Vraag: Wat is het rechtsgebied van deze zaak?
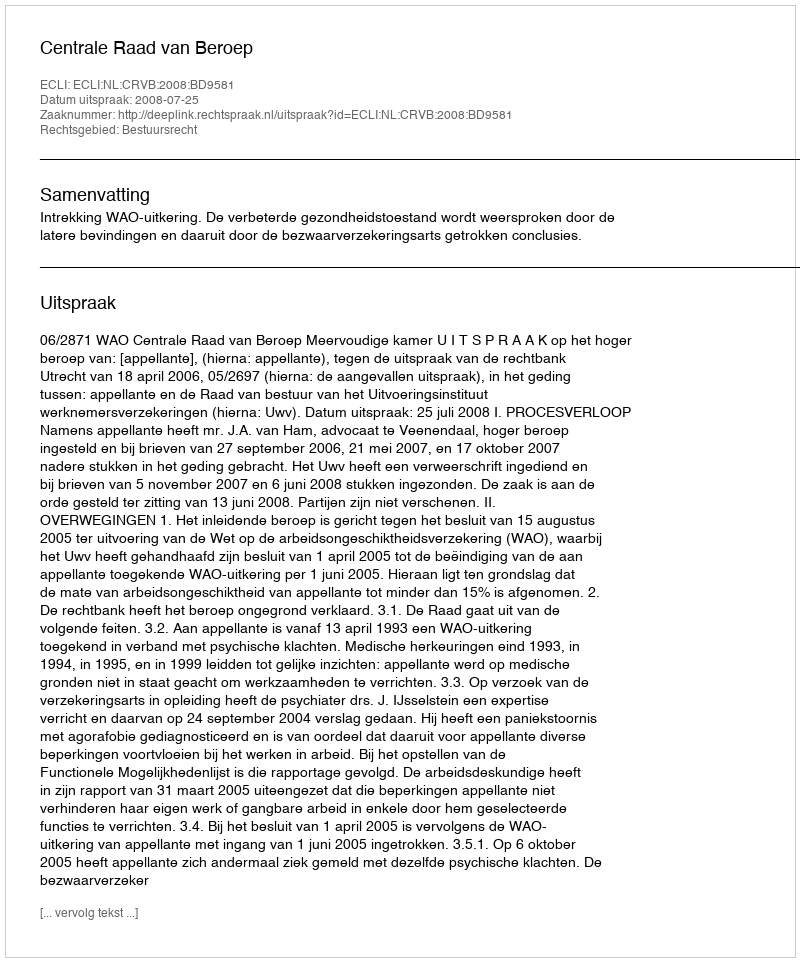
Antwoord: Bestuursrecht